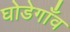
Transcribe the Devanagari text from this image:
घोडेगाँव